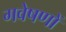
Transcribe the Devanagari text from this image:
गवेषणों